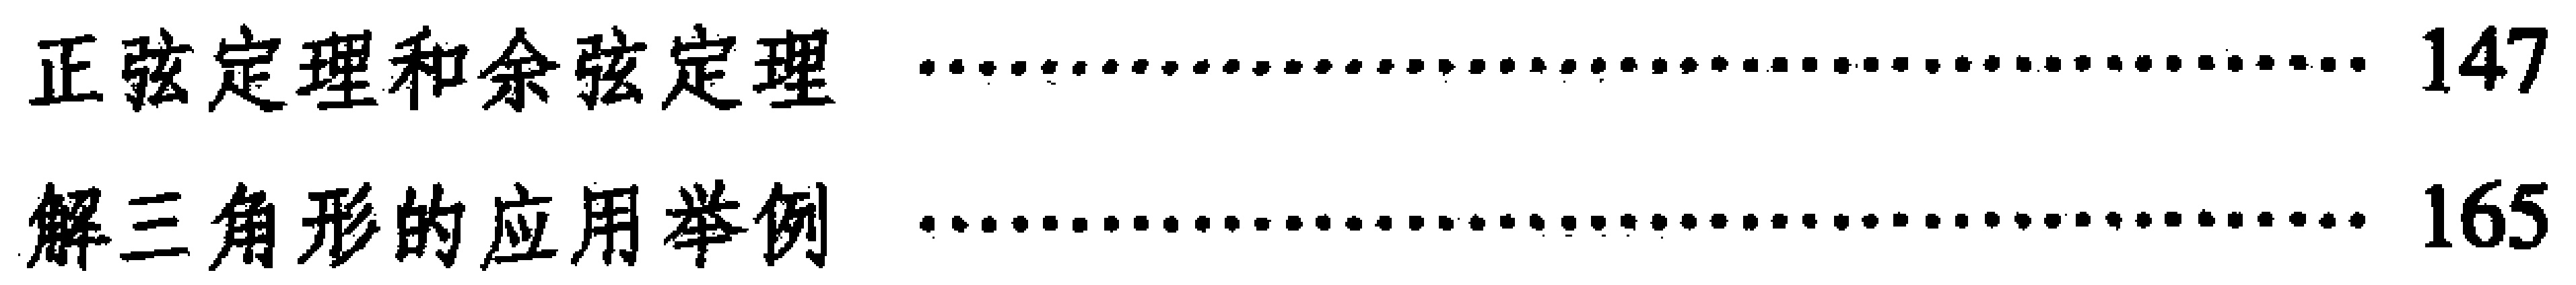
\begin{enumerate}
\item 正弦定理和余弦定理 \hfill 147
\item 解三角形的应用举例 \hfill 165
\end{enumerate}